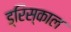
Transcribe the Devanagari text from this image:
ड्रिस्काल